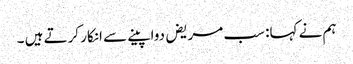
ہم نے کہا: سب مریض دوا پینے سے انکار کرتے ہیں ۔